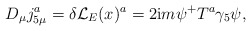
\begin{align*}D_\mu j_{5\mu }^a=\delta {\cal L}_E(x)^a=2{\rm i}m\psi ^{+}T^a\gamma _5\psi ,\end{align*}